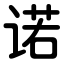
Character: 诺